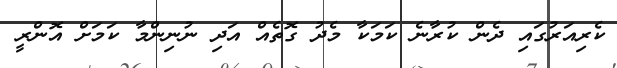
ކެރިއަރުގައި ދެން ކުރާނެ ކަމަކާ މެދު ގޮތެއް އަދި ނުނިންމާ ކަމަށް އޮންރީ